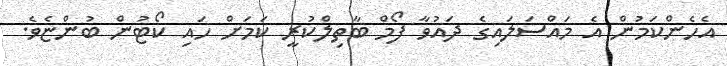
އެހެންކަމުން އެ މައްސަލައިގެ ދައުވާ ފޯމް ބާތިލްކުރީ ކަމަށް ހައި ކޯޓުން ބުންޏެވެ.